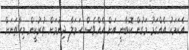
އެކަމަކު އެއްގަމު މަގުން ކޮބާނީ އަށް އެއްވެސް ހަމަލާ ދިނުމަށް ތުރުކީން މިހާތަނަށް